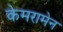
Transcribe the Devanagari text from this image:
केमरामेन